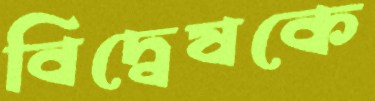
বিদ্বেষকে